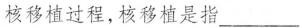
核移植过程，核移植是指___